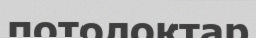
потолоктар